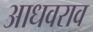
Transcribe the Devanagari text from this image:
आधवराव